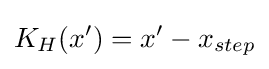
K_{H}(x')=x'-x_{step}